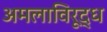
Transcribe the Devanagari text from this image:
अमलाविरूद्ध